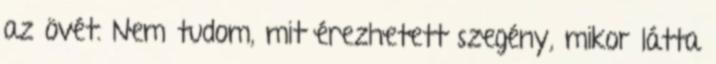
az övét. Nem tudom, mit érezhetett szegény, mikor látta